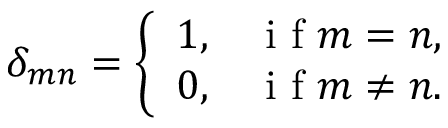
\delta _ { m n } = \left\{ \begin{array} { l l } { 1 , } & { \mathrm { ~ i ~ f ~ } m = n , } \\ { 0 , } & { \mathrm { ~ i ~ f ~ } m \neq n . } \end{array} \right.